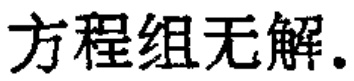
方程组无解.